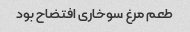
طعم مرغ سوخارى افتضاح بود